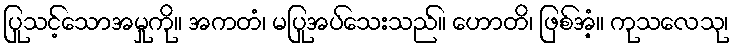
ပြုသင့်သောအမှုကို။ အကတံ၊ မပြုအပ်သေးသည်။ ဟောတိ၊ ဖြစ်အံ့။ ကုသလေသု၊